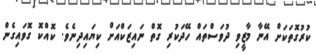
ކުރުގޮތަކަށް އޭނާ މާޒީވި ދުވަސްތައް ހޭދަކުރި ގޮތް ނައިޒަކްއަށް ކިޔައިދިނެވެ. ކޮއްކޮ ގޮވައިގެން